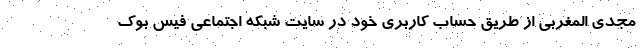
مجدی المغربی از طریق حساب کاربری خود در سایت شبکه اجتماعی فیس بوک